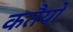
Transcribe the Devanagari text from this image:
कतैयों